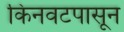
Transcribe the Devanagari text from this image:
किनवटपासून